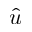
\hat { u }